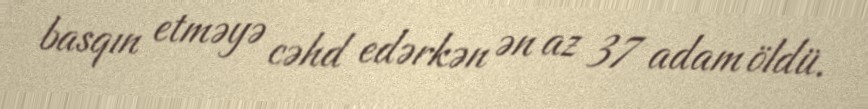
basqın etməyə cəhd edərkən ən az 37 adam öldü.